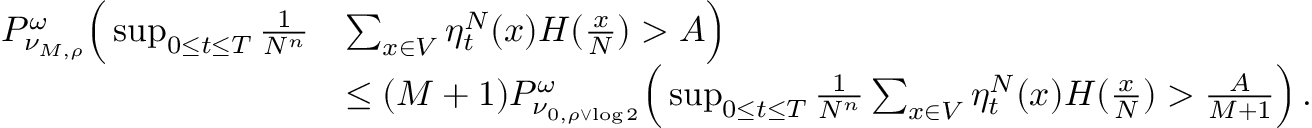
\begin{array} { r l } { P _ { \nu _ { M , \rho } } ^ { \omega } \Big ( \operatorname* { s u p } _ { 0 \leq t \leq T } \frac { 1 } { N ^ { n } } } & { \sum _ { x \in V } \eta _ { t } ^ { N } ( x ) H ( \frac x N ) > A \Big ) } \\ & { \leq ( M + 1 ) P _ { \nu _ { 0 , \rho \vee \log 2 } } ^ { \omega } \Big ( \operatorname* { s u p } _ { 0 \leq t \leq T } \frac { 1 } { N ^ { n } } \sum _ { x \in V } \eta _ { t } ^ { N } ( x ) H ( \frac x N ) > \frac { A } { M + 1 } \Big ) \, . } \end{array}